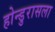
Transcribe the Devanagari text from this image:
होन्डुरासला